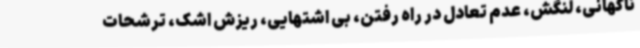
ناگهانی، لنگش، عدم تعادل در راه رفتن، بی اشتهایی، ریزش اشک، ترشحات